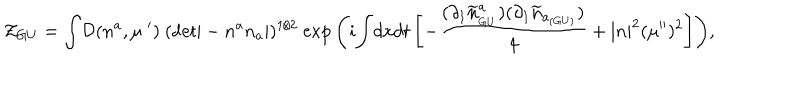
LaTeX: { \cal Z } _ { G U } = { \displaystyle \int } { \cal D } ( n ^ { a } , \mu ^ { \; \prime } ) ~ ( { \sf d e t } | - n ^ { a } n _ { a } | ) ^ { 1 / 2 } ~ { \exp { \left( i { \displaystyle \int } d x d t \left[ - \frac { \displaystyle ( \partial _ { 1 } { \widetilde n } _ { _ { G U } } ^ { a } ) ( \partial _ { 1 } { \widetilde n } _ { a _ { ( G U ) } } ) } { \displaystyle 4 } + | n | ^ { 2 } ( \mu ^ { \prime \prime } ) ^ { 2 } \right] \right) } } ,